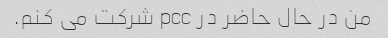
من در حال حاضر در pcc شرکت می کنم.